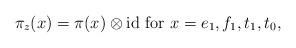
LaTeX: \begin{align*}\pi_z(x)=\pi(x)\otimes{\rm id} \mbox{ for $x=e_1,f_1,t_1,t_0$},\end{align*}